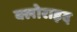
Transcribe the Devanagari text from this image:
क्लोराइद